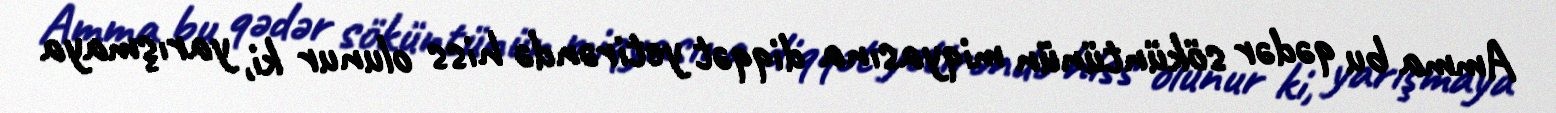
Amma bu qədər söküntünün miqyasına diqqət yetirəndə hiss olunur ki, yarışmaya